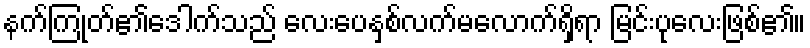
နက်ကြုတ်၏ဒေါက်သည် လေးပေနှစ်လက်မလောက်ရှိရာ မြင်းပုလေးဖြစ်၏။